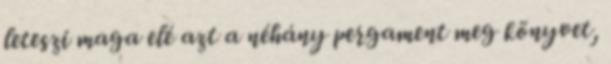
leteszi maga elé azt a néhány pergament meg könyvet,